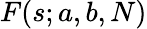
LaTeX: F(s;a,b,N)